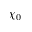
\chi _ { 0 }